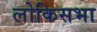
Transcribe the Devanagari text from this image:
लोकिसभा